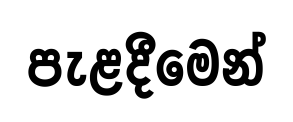
පැළදීමෙන්